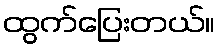
ထွက်ပြေးတယ်။